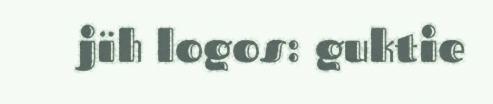
jïh logos: guktie